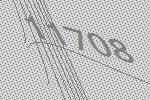
11708